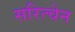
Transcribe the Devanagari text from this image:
सरित्चेन